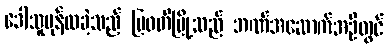
ဒေါသူပုန်ထခဲ့သည် မြဝတီမြို့သည် ဘဏ်အဆောက်အဦတွင်